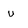
Character: u